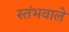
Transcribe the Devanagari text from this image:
स्तंभवाले